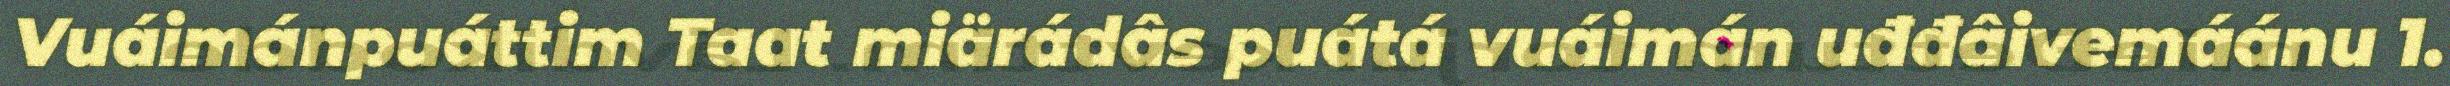
Vuáimánpuáttim Taat miärádâs puátá vuáimán uđđâivemáánu 1.